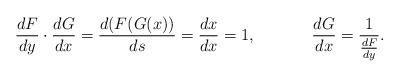
LaTeX: \begin{align*}\frac{dF}{dy} \cdot \frac{dG}{dx} = \frac{d(F(G(x))}{ds} =\frac{dx}{dx} =1,\;\;\;\;\;\;\;\;\;\;\;\;\frac{dG}{dx} = \frac 1{\frac{dF}{dy}}.\end{align*}